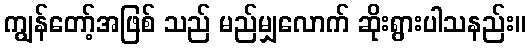
ကျွန်တော့်အဖြစ် သည် မည်မျှလောက် ဆိုးရွားပါသနည်း။